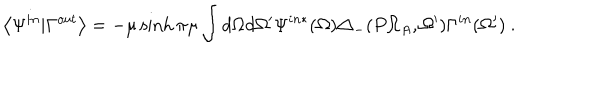
\left< \Psi ^ { i n } | \Gamma ^ { o u t } \right> = - \mu \sinh \pi \mu \int d \Omega d \Omega ^ { \prime } \Psi ^ { i n * } ( \Omega ) \triangle _ { - } ( P \Omega _ { A } , \Omega ^ { \prime } ) \Gamma ^ { i n } ( \Omega ^ { \prime } ) \ .